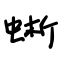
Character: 蜥